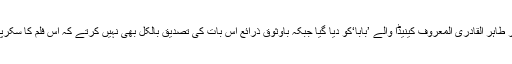
اس انقلابی فلم کے ہیرو کا رول ڈاکٹر طاہر القادری المعروف کینیڈا والے ’بابا‘کو دیا گیا جبکہ باوثوق ذرائع اس بات کی تصدیق بالکل بھی نہیں کرتے کہ اس فلم کا سکرپٹ لندن کے پرفضاءمقام پر لکھا گیا۔